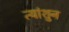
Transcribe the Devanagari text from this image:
त्यांशुन